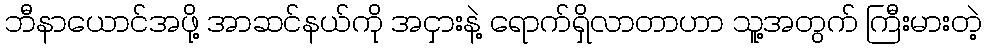
ဘီနာယောင်အဖို့ အာဆင်နယ်ကို အငှားနဲ့ ရောက်ရှိလာတာဟာ သူ့အတွက် ကြီးမားတဲ့